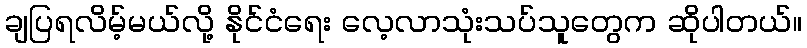
ချပြရလိမ့်မယ်လို့ နိုင်ငံရေး လေ့လာသုံးသပ်သူတွေက ဆိုပါတယ်။